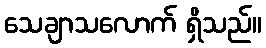
သေချာသလောက် ရှိသည်။